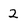
Character: 2